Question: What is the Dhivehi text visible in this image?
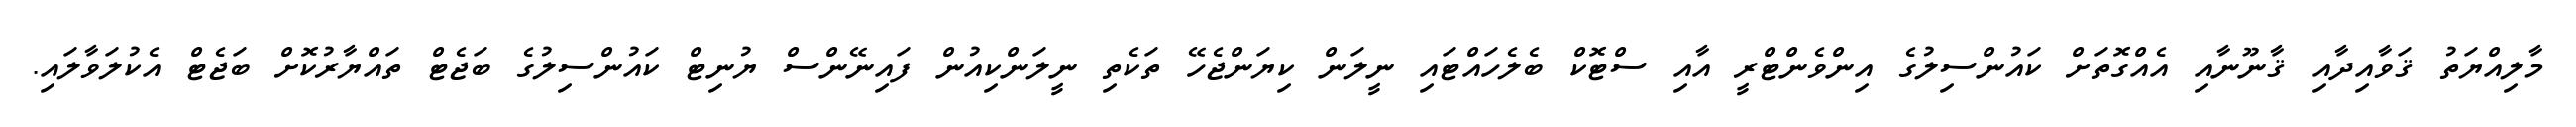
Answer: މާލިއްޔަތު ޤަވާއިދާއި ޤާނޫނާއި އެއްގޮތަށް ކައުންސިލުގެ އިންވެންޓްރީ އާއި ސްޓޮކް ބެލެހައްޓައި ނީލަން ކިޔަންޖެހޭ ތަކެތި ނީލަންކިއުން ފައިނޭންސް ޔުނިޓް ކައުންސިލުގެ ބަޖެޓް ތައްޔާރުކޮށް ބަޖެޓް އެކުލަވާލައި.